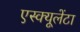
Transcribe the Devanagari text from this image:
एस्क्यूलेंटा